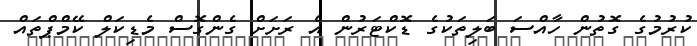
ކުރުމުގެ ގޮތުން ހާއްސަ ބަލިތަކުގެ ޑޮކްޓަރުން އެ ރަށަށް ގެންގޮސް މެޑިކަލް ކޭމްޕްތައް